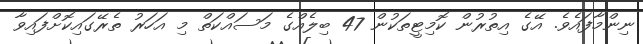
ނިންމާފައެވެ. އޭގެ އިތުރުން ކޮމިޓީތަކުން 47 ބިލެއްގެ މަސައްކަތް މި އަހަރު ތެރޭގައިކޮށްފައިވާ